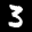
Label: 3